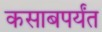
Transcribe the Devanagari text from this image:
कसाबपर्यंत